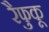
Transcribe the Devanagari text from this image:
रैफुकू